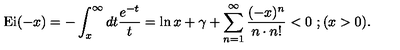
\mathrm { E i } ( - x ) = - \int _ { x } ^ { \infty } d t \frac { e ^ { - t } } { t } = \ln x + \gamma + \sum _ { n = 1 } ^ { \infty } \frac { ( - x ) ^ { n } } { n \cdot n ! } < 0 \ ; ( x > 0 ) .